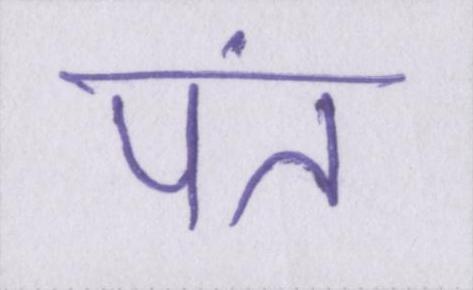
पंत